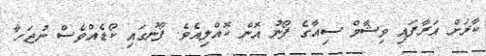
ކާރަށް އަރާފައި ވިޝާމް ސިއާގެ ފޯނު އޮން ކޮއްލިއެވެ. ފޯނުގައި ކޯޑެއްވެސް ނުޖަހާ